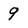
Character: 9